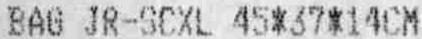
BAG JR-SCXL 45*37*14CM